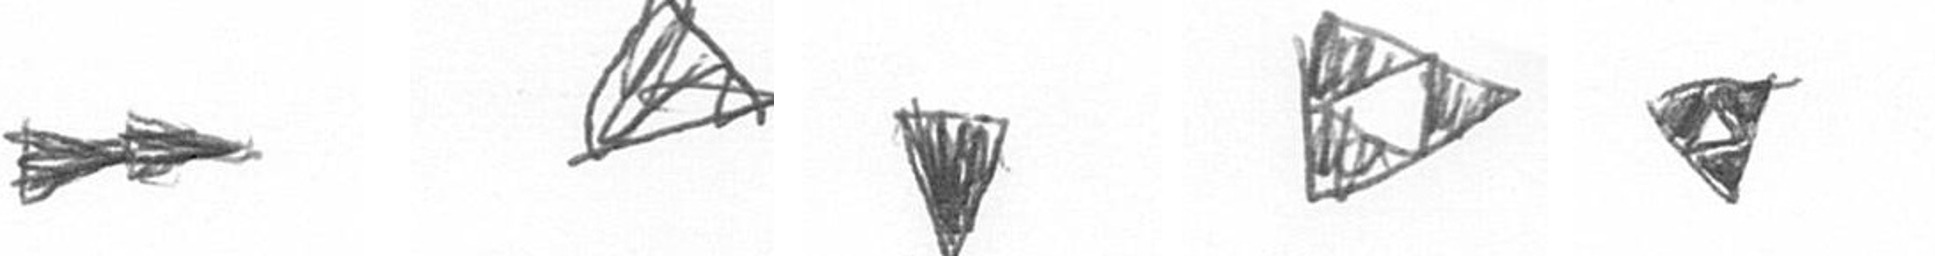
A O J K S